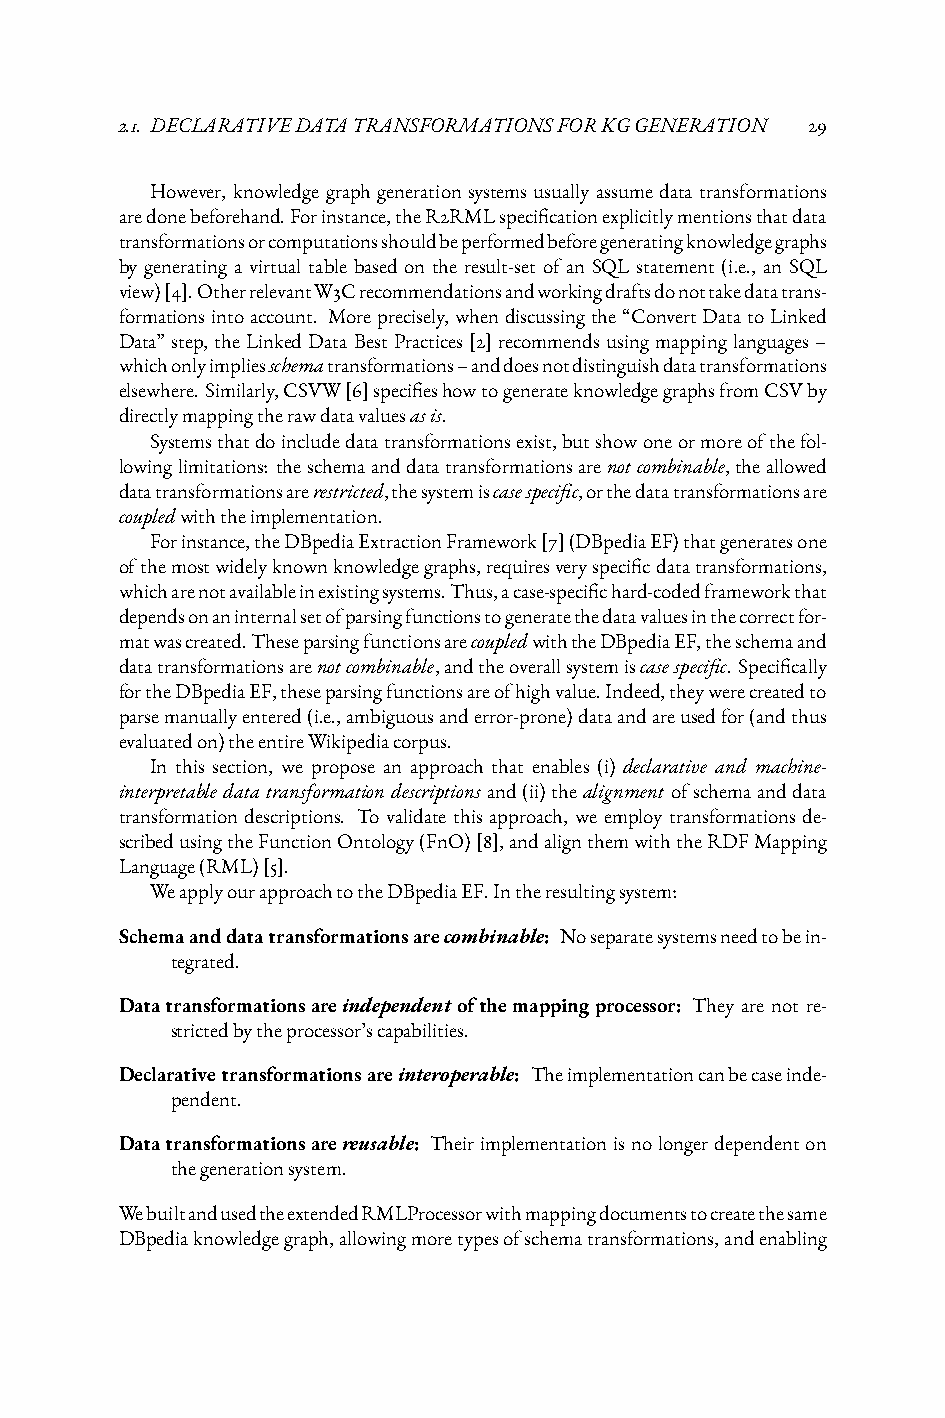
2.1. DECLARATIVEDATATRANSFORMATIONSFORKGGENERATION 29
 However, knowledge graph generation systems usually assume data transformations
 aredonebeforehand.Forinstance,theR2RMLspecificationexplicitlymentionsthatdata
 transformationsorcomputationsshouldbeperformedbeforegeneratingknowledgegraphs
 by generating a virtual table based on the result-set of an SQL statement (i.e., an SQL
 view)[4].OtherrelevantW3Crecommendationsandworkingdraftsdonottakedatatrans-
 formationsintoaccount. Moreprecisely, whendiscussingthe“ConvertDatatoLinked
 Data”step, theLinkedDataBestPractices[2]recommendsusingmappinglanguages–
 whichonlyimpliesschematransformations–anddoesnotdistinguishdatatransformations
 elsewhere.Similarly,CSVW[6]specifieshowtogenerateknowledgegraphsfromCSVby
 directlymappingtherawdatavaluesasis.
 Systemsthatdoincludedatatransformationsexist,butshowoneormoreofthefol-
 lowinglimitations: theschemaanddatatransformationsarenotcombinable,theallowed
 datatransformationsarerestricted,thesystemiscasespecific,orthedatatransformationsare
 coupledwiththeimplementation.
 Forinstance,theDBpediaExtractionFramework[7](DBpediaEF)thatgeneratesone
 ofthemostwidelyknownknowledgegraphs,requiresveryspecificdatatransformations,
 whicharenotavailableinexistingsystems.Thus,acase-specifichard-codedframeworkthat
 dependsonaninternalsetofparsingfunctionstogeneratethedatavaluesinthecorrectfor-
 matwascreated.TheseparsingfunctionsarecoupledwiththeDBpediaEF,theschemaand
 datatransformationsarenotcombinable,andtheoverallsystemiscasespecific. Specifically
 fortheDBpediaEF,theseparsingfunctionsareofhighvalue.Indeed,theywerecreatedto
 parsemanuallyentered(i.e.,ambiguousanderror-prone)dataandareusedfor(andthus
 evaluatedon)theentireWikipediacorpus.
 In this section, we propose an approach that enables (i) declarative and machine-
 interpretabledatatransformationdescriptionsand(ii)thealignment ofschemaanddata
 transformation descriptions. To validate this approach, we employ transformations de-
 scribedusingtheFunctionOntology(FnO)[8],andalignthemwiththeRDFMapping
 Language(RML)[5].
 WeapplyourapproachtotheDBpediaEF.Intheresultingsystem:
 Schemaanddatatransformationsarecombinable: Noseparatesystemsneedtobein-
 tegrated.
 Datatransformationsareindependentofthemappingprocessor: They are not re-
 strictedbytheprocessor’scapabilities.
 Declarativetransformationsareinteroperable: Theimplementationcanbecaseinde-
 pendent.
 Datatransformationsarereusable: Theirimplementationisnolongerdependenton
 thegenerationsystem.
 WebuiltandusedtheextendedRMLProcessorwithmappingdocumentstocreatethesame
 DBpediaknowledgegraph,allowingmoretypesofschematransformations,andenabling